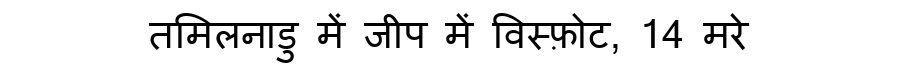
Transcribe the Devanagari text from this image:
तमिलनाडु में जीप में विस्फ़ोट, 14 मरे